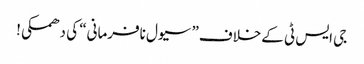
جی ایس ٹی کےخلاف” سیول نافرمانی“ کی دھمکی!